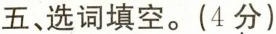
五、选词填空。（4分）